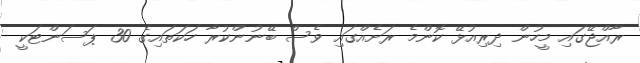
ރާއްޖޭގައި މީހުން ދިރިއުޅޭ ކޮންމެ ރަށެއްގައި ވެސް ބޭނުންކުރާ ހަކަތައިގެ 30 ޕަސަންޓަކީ